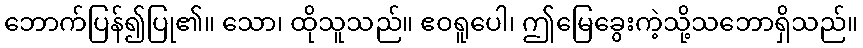
ဘောက်ပြန်၍ပြု၏။ သော၊ ထိုသူသည်။ ဧဝရူပေါ၊ ဤမြေခွေးကဲ့သို့သဘောရှိသည်။